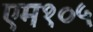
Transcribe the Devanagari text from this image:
एम१०५